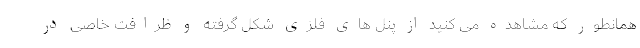
همانطور که مشاهده می کنید از پنل های فلزی شکل گرفته و ظرافت خاصی در